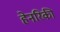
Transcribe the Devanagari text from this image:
हेनरिकी